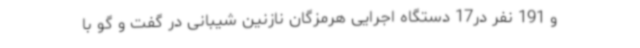
و 191 نفر در17 دستگاه اجرایی هرمزگان نازنین شیبانی در گفت و گو با